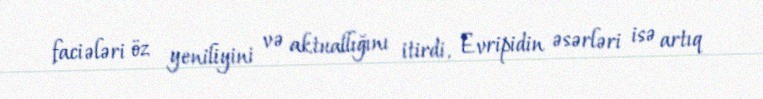
faciələri öz yeniliyini və aktuallığını itirdi, Evripidin əsərləri isə artıq